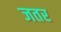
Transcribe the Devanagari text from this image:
जतर